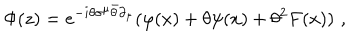
\Phi ( z ) = e ^ { - i \theta \sigma ^ { \mu } \bar { \theta } \partial _ { \mu } } ( \varphi ( x ) + \theta \psi ( x ) + \theta ^ { 2 } F ( x ) ) \, \, ,